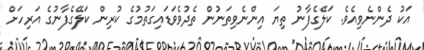
އަކު ދެންނެވިއެވެ. ކަލޭގެފާނު ތިޔަ އިންނެވިތަނުން ތެދުވެވަޑައިގަތުމުގެ ކުރިން ކަލޭގެފާނުގެ އަރިހަށް